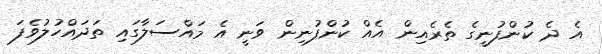
އެ ދެ ކުންފުނީގެ ތެރެއިން އެއް ކުންފުނިން ވަނީ އެ މައްސަލާގައި ތަދައްހުލުވެފަ